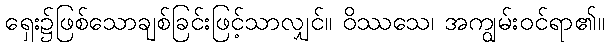
ရှေး၌ဖြစ်သောချစ်ခြင်းဖြင့်သာလျှင်။ ဝိဿသေ၊ အကျွမ်းဝင်ရာ၏။